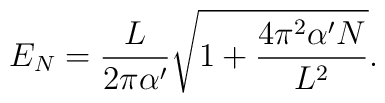
E_N=\frac{L}{2\pi\alpha'}\sqrt{ 1+\frac{4\pi^2\alpha'N}{L^2}}.